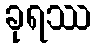
ခုရဿ